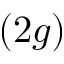
( 2 g )